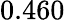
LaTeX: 0.460